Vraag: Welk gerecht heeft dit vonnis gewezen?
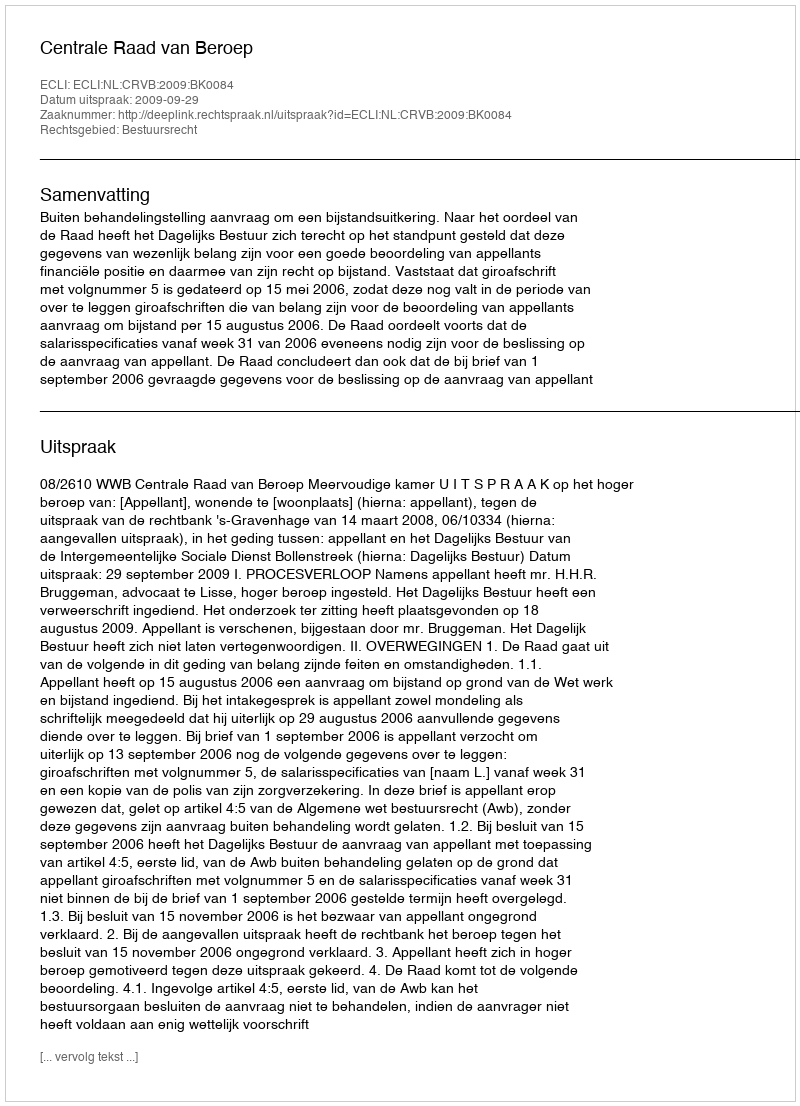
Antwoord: Centrale Raad van Beroep